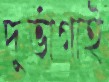
দুর্ভাগাই